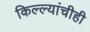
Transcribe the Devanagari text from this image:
किल्ल्यांचीही